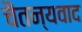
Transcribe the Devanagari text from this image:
चैतन्यवाद